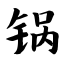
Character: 锅